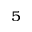
^ { 5 }